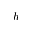
h